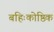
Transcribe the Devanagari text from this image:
बहिःकोष्ठिक